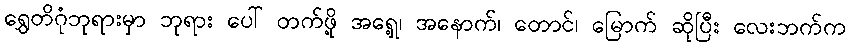
ရွှေတိဂုံဘုရားမှာ ဘုရား ပေါ် တက်ဖို့ အရှေ့၊ အနောက်၊ တောင်၊ မြောက် ဆိုပြီး လေးဘက်က